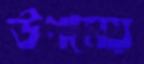
উপমেয়